画像に写った文字を読んでください
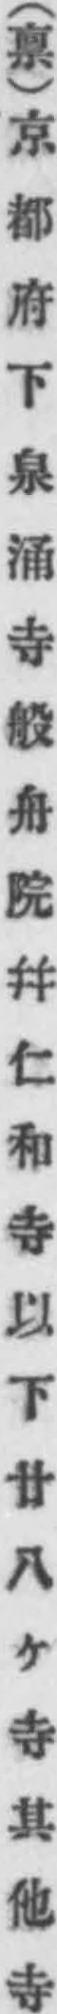
「(禀)京都府下泉涌寺般舟院幷仁和寺以下廿八ケ寺其他寺」と書いてあります